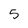
Character: 5